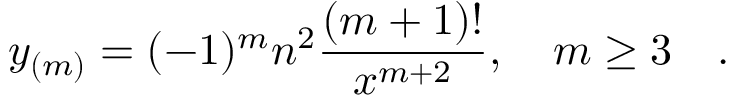
y _ { ( m ) } = ( - 1 ) ^ { m } n ^ { 2 } { \frac { ( m + 1 ) ! } { x ^ { m + 2 } } } , \quad m \ge 3 \quad .